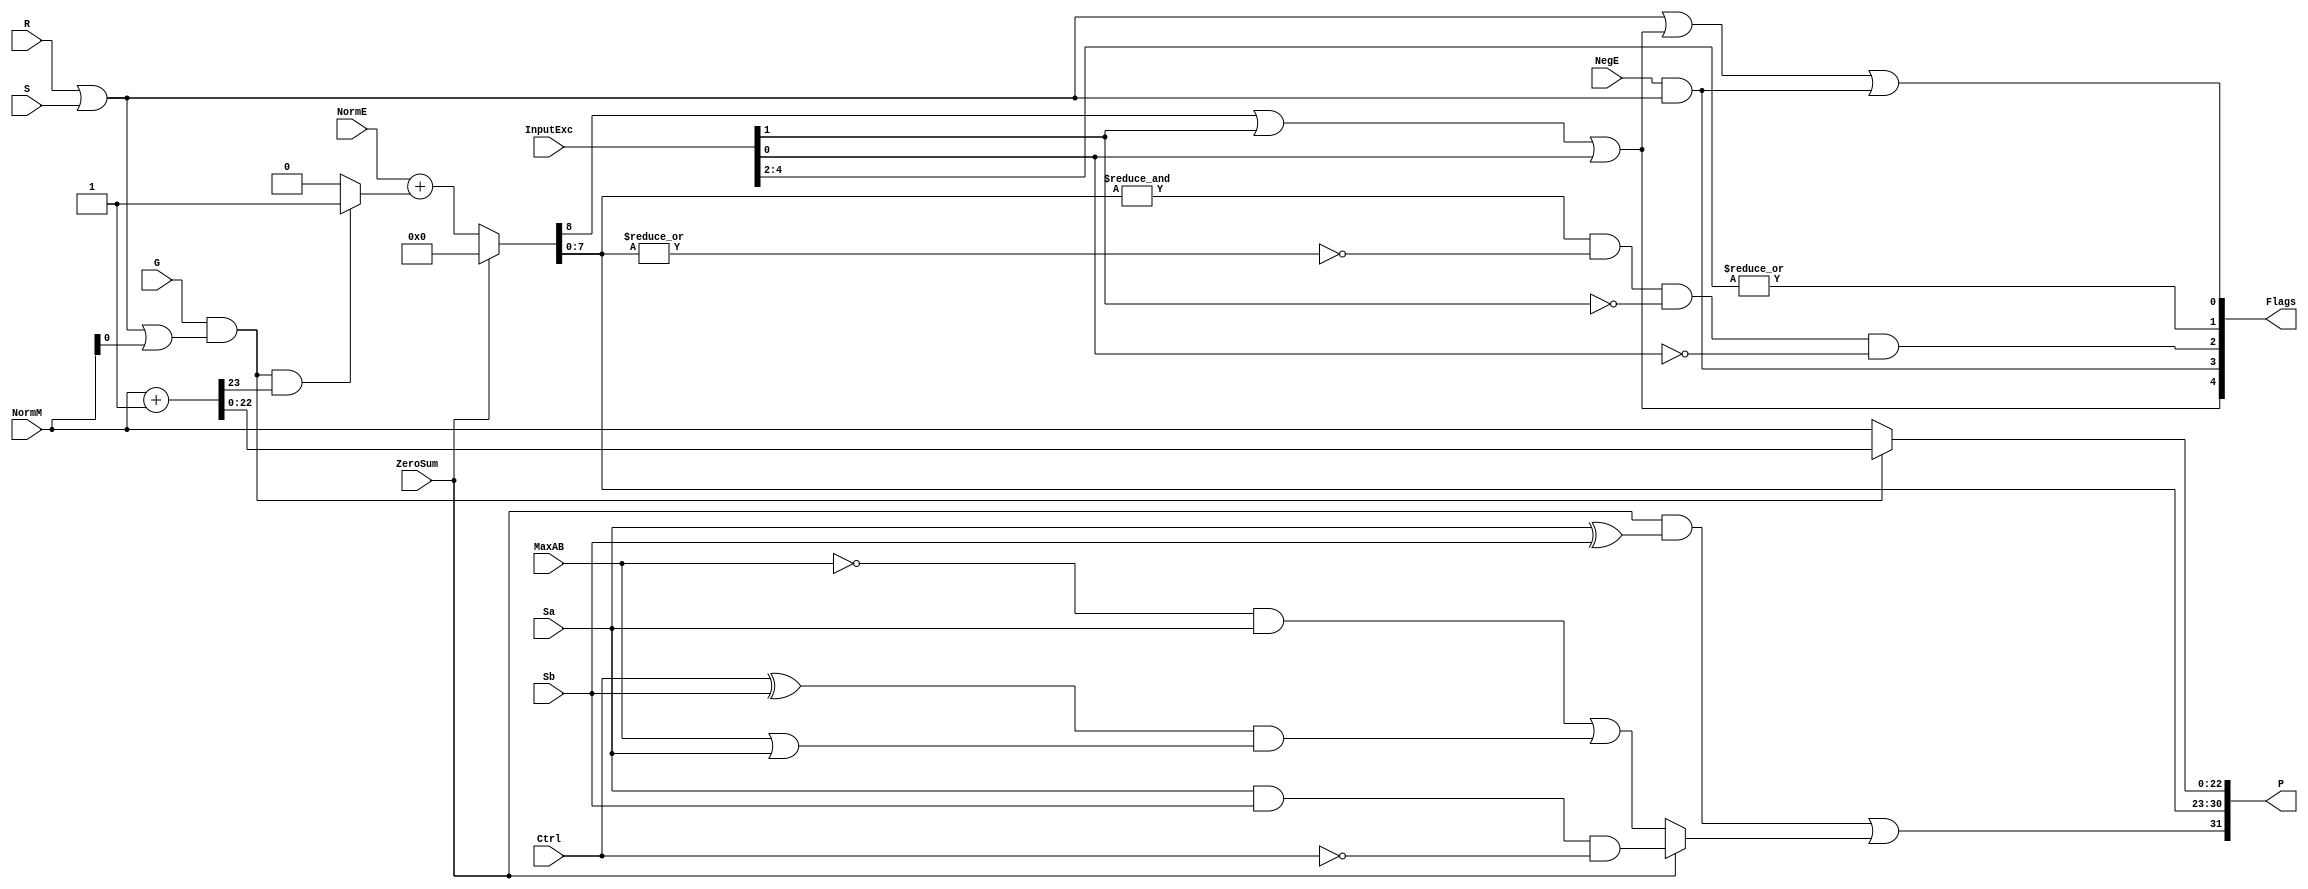
`timescale 1ns / 1ps

module FPAddSub_d(
		ZeroSum,
		NormE,
		NormM,
		R,
		S,
		G,
		Sa,
		Sb,
		Ctrl,
		MaxAB,
		NegE,
		InputExc,
		P,
		Flags 
    );

	// Input ports
	input ZeroSum ;					// Sum is zero
	input [8:0] NormE ;				// Normalized exponent
	input [22:0] NormM ;				// Normalized mantissa
	input R ;							// Round bit
	input S ;							// Sticky bit
	input G ;
	input Sa ;							// A's sign bit
	input Sb ;							// B's sign bit
	input Ctrl ;						// Control bit (operation)
	input MaxAB ;
	

	input NegE ;						// Negative exponent?
	input [4:0] InputExc ;					// Exceptions in inputs A and B

	// Output ports
	output [31:0] P ;					// Final result
	output [4:0] Flags ;				// Exception flags
	
	// 
	wire [31:0] Z ;					// Final result
	wire EOF ;
	
	// Internal signals
	wire [23:0] RoundUpM ;			// Rounded up sum with room for overflow
	wire [22:0] RoundM ;				// The final rounded sum
	wire [8:0] RoundE ;				// Rounded exponent (note extra bit due to poential overflow	)
	wire RoundUp ;						// Flag indicating that the sum should be rounded up
	wire ExpAdd ;						// May have to add 1 to compensate for overflow 
	wire RoundOF ;						// Rounding overflow
	wire FSgn;
	// The cases where we need to round upwards (= adding one) in Round to nearest, tie to even
	assign RoundUp = (G & ((R | S) | NormM[0])) ;
	
	// Note that in the other cases (rounding down), the sum is already 'rounded'
	assign RoundUpM = (NormM + 1) ;								// The sum, rounded up by 1
	assign RoundM = (RoundUp ? RoundUpM[22:0] : NormM) ; 	// Compute final mantissa	
	assign RoundOF = RoundUp & RoundUpM[23] ; 				// Check for overflow when rounding up

	// Calculate post-rounding exponent
	assign ExpAdd = (RoundOF ? 1'b1 : 1'b0) ; 				// Add 1 to exponent to compensate for overflow
	assign RoundE = ZeroSum ? 8'b00000000 : (NormE + ExpAdd) ; 							// Final exponent

	// If zero, need to determine sign according to rounding
	assign FSgn = (ZeroSum & (Sa ^ Sb)) | (ZeroSum ? (Sa & Sb & ~Ctrl) : ((~MaxAB & Sa) | ((Ctrl ^ Sb) & (MaxAB | Sa)))) ;

	// Assign final result
	assign Z = {FSgn, RoundE[7:0], RoundM[22:0]} ;
	
	// Indicate exponent overflow
	assign EOF = RoundE[8];

/////////////////////////////////////////////////////////////////////////////////////////////////////////



	
	// Internal signals
	wire Overflow ;					// Overflow flag
	wire Underflow ;					// Underflow flag
	wire DivideByZero ;				// Divide-by-Zero flag (always 0 in Add/Sub)
	wire Invalid ;						// Invalid inputs or result
	wire Inexact ;						// Result is inexact because of rounding
	
	// Exception flags
	
	// Result is too big to be represented
	assign Overflow = EOF | InputExc[1] | InputExc[0] ;
	
	// Result is too small to be represented
	assign Underflow = NegE & (R | S);
	
	// Infinite result computed exactly from finite operands
	assign DivideByZero = &(Z[30:23]) & ~|(Z[30:23]) & ~InputExc[1] & ~InputExc[0];
	
	// Invalid inputs or operation
	assign Invalid = |(InputExc[4:2]) ;
	
	// Inexact answer due to rounding, overflow or underflow
	assign Inexact = (R | S) | Overflow | Underflow;
	
	// Put pieces together to form final result
	assign P = Z ;
	
	// Collect exception flags	
	assign Flags = {Overflow, Underflow, DivideByZero, Invalid, Inexact} ; 	
	
endmodule